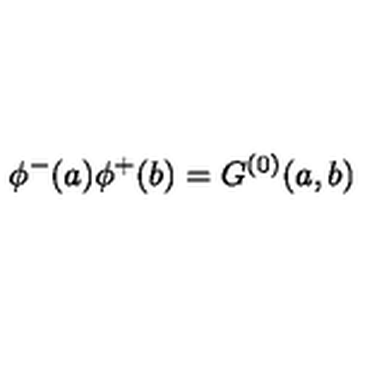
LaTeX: \phi ^ { - } ( a ) \phi ^ { + } ( b ) = G ^ { ( 0 ) } ( a , b )